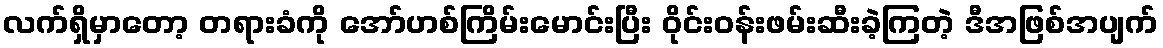
လက်ရှိမှာတော့ တရားခံကို အော်ဟစ်ကြိမ်းမောင်းပြီး ဝိုင်းဝန်းဖမ်းဆီးခဲ့ကြတဲ့ ဒီအဖြစ်အပျက်